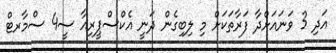
އަދި 3 ވަނައަށްދާ ފަރާތަކަށް މި ލިބިގެން ދަނީ އެކްސްޕީރިއާ ސީ4 ސްމާރޓް